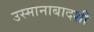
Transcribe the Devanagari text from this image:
उस्मानाबादशी